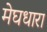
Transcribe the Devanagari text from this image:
मेघधारा